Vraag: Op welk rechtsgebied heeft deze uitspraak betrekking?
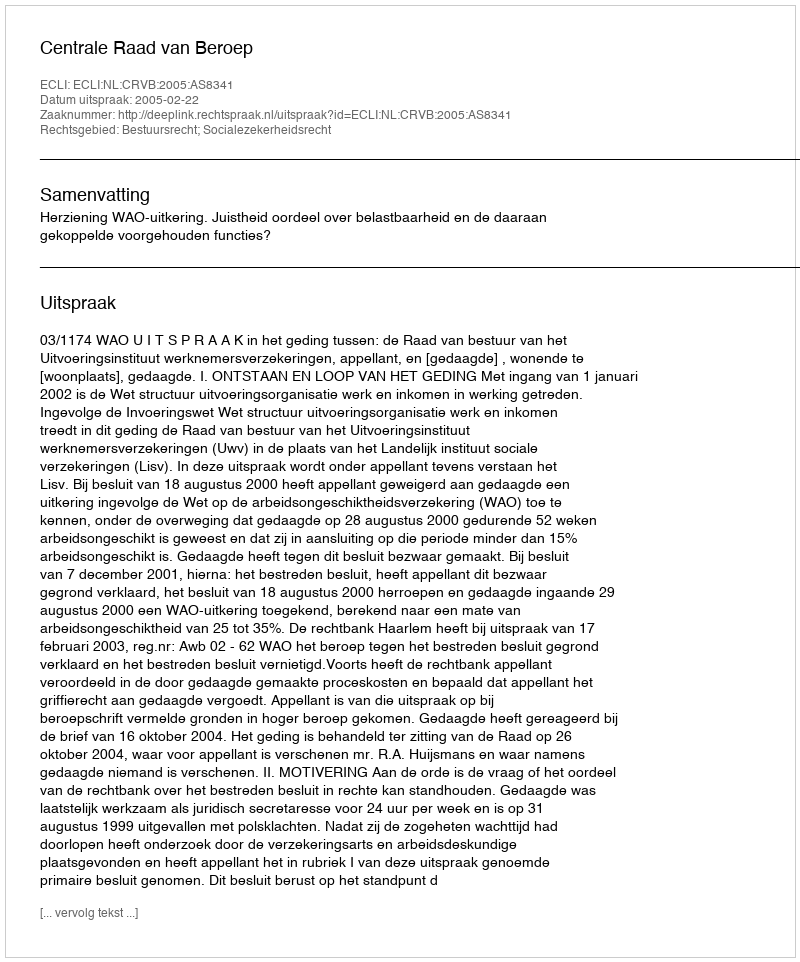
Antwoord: Bestuursrecht; Socialezekerheidsrecht